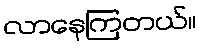
လာနေကြတယ်။